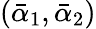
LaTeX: (\bar{\alpha}_{1},\bar{\alpha}_{2})